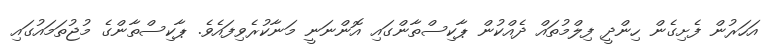
އަހަރުން ފެށިގެން ހިންދީ ފިލްމުތައް ދެއްކުން ޕާކިސްތާންގައި އޮންނަނީ މަނާކުރެވިފައެވެ. ޕާކިސްތާންގެ މުޖުތަމައުގައި